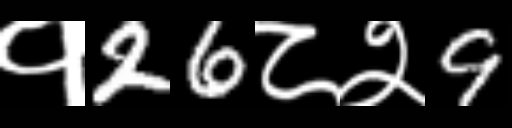
Text: १26८२9